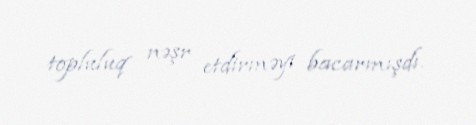
topluluq nəşr etdirməyi bacarmışdı.